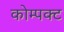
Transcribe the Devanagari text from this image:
कोम्पक्ट